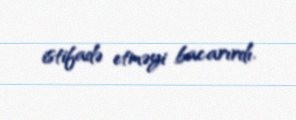
istifadə etməyi bacarırdı.